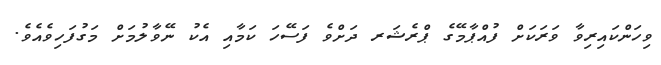
ވިހަންކައިރިވާ ވަރަކަށް ފުއްޕާމޭގެ ޕްރެޝަރ ދަށްވެ ފަސޭހަ ކަމާއި އެކު ނޭވާލުމަށް މަގުފަހިވެއެވެ.